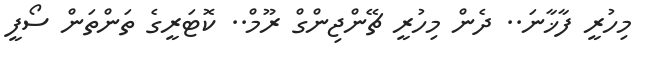
މިހުރީ ފާޚާނަ.. ދެން މިހުރީ ޗޭންޖިންގް ރޫމް.. ކޮޓަރީގެ ތަންތަން ސޯފީ